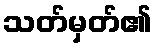
သတ်မှတ်၏